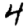
Digit: 4